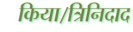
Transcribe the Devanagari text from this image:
किया।त्रिनिदाद